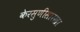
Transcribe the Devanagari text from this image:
केरसुणीसारखा